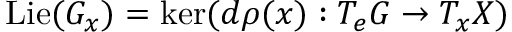
\operatorname { L i e } ( G _ { x } ) = \ker ( d \rho ( x ) : T _ { e } G \to T _ { x } X )